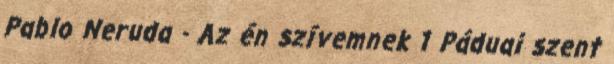
Pablo Neruda - Az én szívemnek 1 Páduai szent